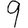
Digit: 9